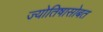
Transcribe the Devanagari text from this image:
ज्योतिषासोबत